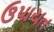
ઉપાચત